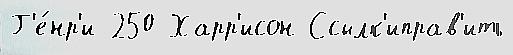
Г'е́нр'и 250 Харр'исон Ссылк'иправ'ить